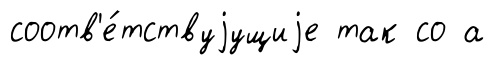
соотв'е́тствуjущиjе так со а